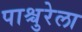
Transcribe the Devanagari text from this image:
पाश्चुरेला